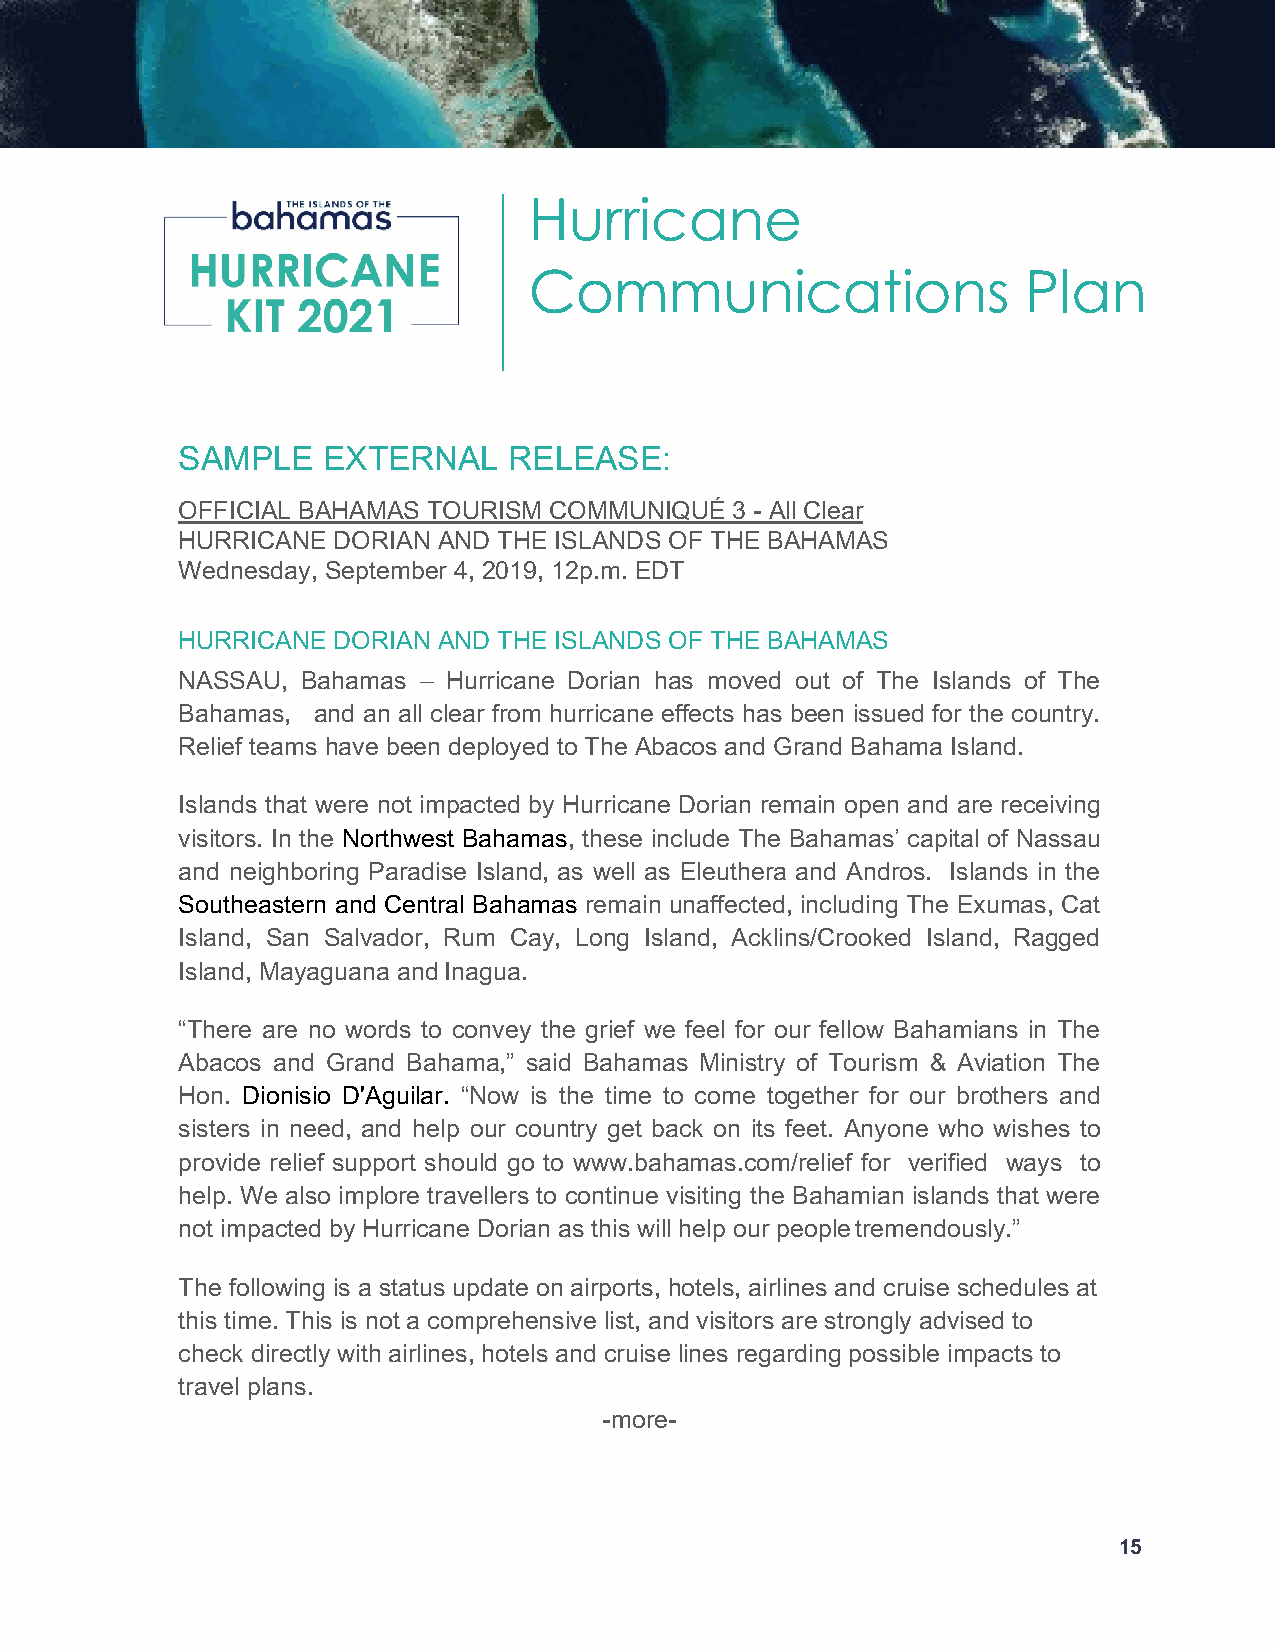
Hurricane
 Communications                   Plan
 SAMPLE   EXTERNAL     RELEASE:
 OFFICIAL BAHAMAS TOURISM COMMUNIQUÉ 3 - All Clear
 HURRICANE DORIAN AND THE ISLANDS OF THE BAHAMAS
 Wednesday, September 4, 2019, 12p.m. EDT
 HURRICANE DORIAN AND THE ISLANDS OF THE BAHAMAS
 NASSAU, Bahamas – Hurricane Dorian has moved out of The Islands of The
 Bahamas, and an all clear from hurricane effects has been issued for the country.
 Relief teams have been deployed to The Abacos and Grand Bahama Island.
 Islands that were not impacted by Hurricane Dorian remain open and are receiving
 visitors. In the Northwest Bahamas, these include The Bahamas’ capital of Nassau
 and neighboring Paradise Island, as well as Eleuthera and Andros. Islands in the
 Southeastern and Central Bahamas remain unaffected, including The Exumas, Cat
 Island, San Salvador, Rum Cay, Long Island, Acklins/Crooked Island, Ragged
 Island, Mayaguana and Inagua.
 “There are no words to convey the grief we feel for our fellow Bahamians in The
 Abacos and Grand Bahama,” said Bahamas Ministry of Tourism & Aviation The
 Hon. Dionisio D'Aguilar. “Now is the time to come together for our brothers and
 sisters in need, and help our country get back on its feet. Anyone who wishes to
 provide relief support should go to www.bahamas.com/relief for verified ways to
 help. We also implore travellers to continue visiting the Bahamian islands that were
 not impacted by Hurricane Dorian as this will help our people tremendously.”
 The following is a status update on airports, hotels, airlines and cruise schedules at
 this time. This is not a comprehensive list, and visitors are strongly advised to
 check directly with airlines, hotels and cruise lines regarding possible impacts to
 travel plans.
 -more-
 15